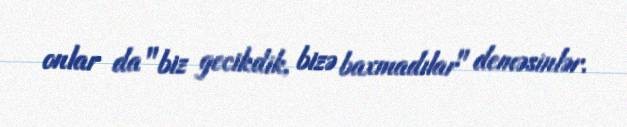
onlar da "biz gecikdik, bizə baxmadılar" deməsinlər.